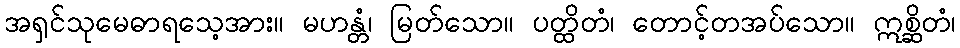
အရှင်သုမေဓာရသေ့အား။ မဟန္တံ၊ မြတ်သော။ ပတ္ထိတံ၊ တောင့်တအပ်သော။ ဣစ္ဆိတံ၊